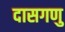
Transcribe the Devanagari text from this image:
दासगणु